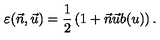
\varepsilon ( \vec { n } , \vec { u } ) = \frac { 1 } { 2 } \left( 1 + \vec { n } \vec { u } b ( u ) \right) .